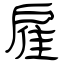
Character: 雇